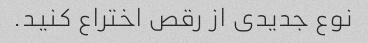
نوع جدیدی از رقص اختراع کنید.